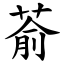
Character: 萮